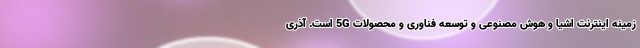
زمینه اینترنت اشیا و هوش مصنوعی و توسعه فناوری و محصولات 5G است. آذری